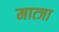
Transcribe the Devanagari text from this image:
मात्जा